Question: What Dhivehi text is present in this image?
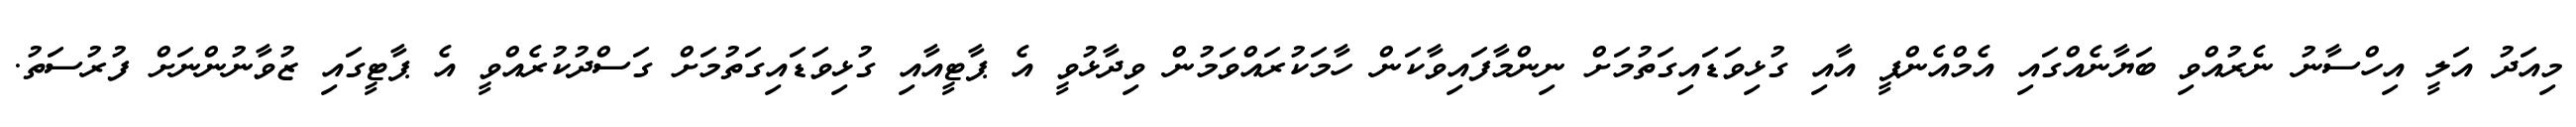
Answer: މިއަދު އަލީ އިހްސާނު ނެރުއްވި ބަޔާނެއްގައި އެމްއެންޕީ އާއި ގުޅިވަޑައިގަތުމަށް ނިންމާފައިވާކަން ހާމަކުރައްވަމުން ވިދާޅުވީ އެ ޕާޓީއާއި ގުޅިވަޑައިގަތުމަށް ގަސްދުކުރެއްވީ އެ ޕާޓީގައި ޒުވާނުންނަށް ފުރުސަތު.